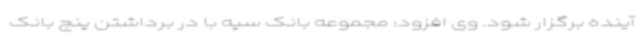
آینده برگزار شود. وی افزود: مجموعه بانک سپه با در برداشتن پنج بانک